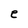
Character: e